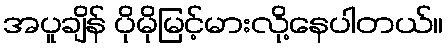
အပူချိန် ပိုမိုမြင့်မားလို့နေပါတယ်။